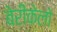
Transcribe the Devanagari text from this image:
बेरीकेलो